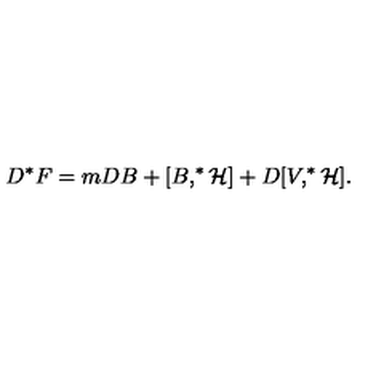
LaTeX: D ^ { * } F = m D B + [ B , ^ { * } { \cal H ] } + D [ V , ^ { * } { \cal H } ] .